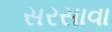
સરસાવા